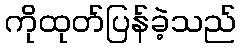
ကိုထုတ်ပြန်ခဲ့သည်